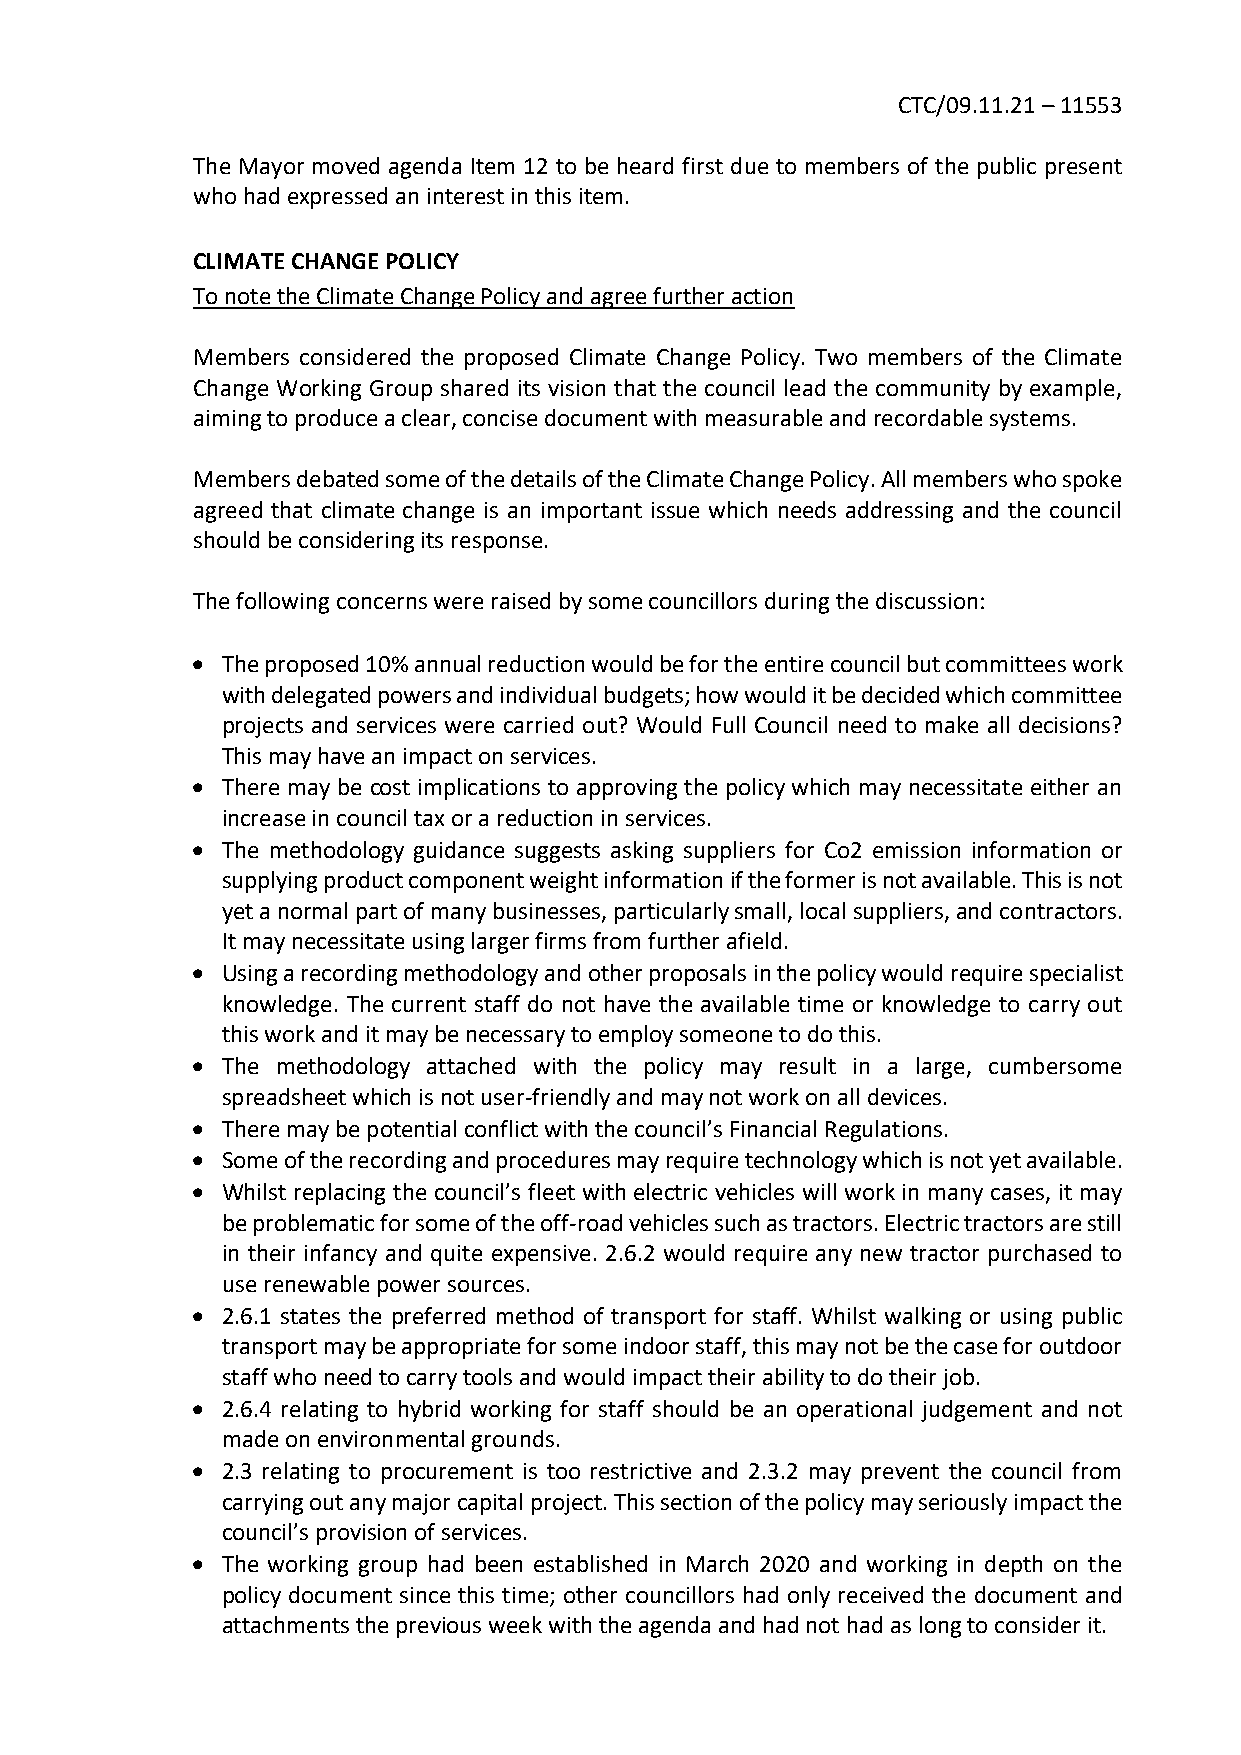
CTC/09.11.21 – 11553
 The Mayor moved agenda Item 12 to be heard first due to members of the public present
 who had expressed an interest in this item.
 CLIMATE CHANGE POLICY
 To note the Climate Change Policy and agree further action
 Members considered the proposed Climate Change Policy. Two members of the Climate
 Change Working Group shared its vision that the council lead the community by example,
 aiming to produce a clear, concise document with measurable and recordable systems.
 Members debated some of the details of the Climate Change Policy. All members who spoke
 agreed that climate change is an important issue which needs addressing and the council
 should be considering its response.
 The following concerns were raised by some councillors during the discussion:
 • The proposed 10% annual reduction would be for the entire council but committees work
 with delegated powers and individual budgets; how would it be decided which committee
 projects and services were carried out? Would Full Council need to make all decisions?
 This may have an impact on services.
 • There may be cost implications to approving the policy which may necessitate either an
 increase in council tax or a reduction in services.
 • The methodology guidance suggests asking suppliers for Co2 emission information or
 supplying product component weight information if the former is not available. This is not
 yet a normal part of many businesses, particularly small, local suppliers, and contractors.
 It may necessitate using larger firms from further afield.
 • Using a recording methodology and other proposals in the policy would require specialist
 knowledge. The current staff do not have the available time or knowledge to carry out
 this work and it may be necessary to employ someone to do this.
 • The methodology attached with the policy may result in a large, cumbersome
 spreadsheet which is not user-friendly and may not work on all devices.
 • There may be potential conflict with the council’s Financial Regulations.
 • Some of the recording and procedures may require technology which is not yet available.
 • Whilst replacing the council’s fleet with electric vehicles will work in many cases, it may
 be problematic for some of the off-road vehicles such as tractors. Electric tractors are still
 in their infancy and quite expensive. 2.6.2 would require any new tractor purchased to
 use renewable power sources.
 • 2.6.1 states the preferred method of transport for staff. Whilst walking or using public
 transport may be appropriate for some indoor staff, this may not be the case for outdoor
 staff who need to carry tools and would impact their ability to do their job.
 • 2.6.4 relating to hybrid working for staff should be an operational judgement and not
 made on environmental grounds.
 • 2.3 relating to procurement is too restrictive and 2.3.2 may prevent the council from
 carrying out any major capital project. This section of the policy may seriously impact the
 council’s provision of services.
 • The working group had been established in March 2020 and working in depth on the
 policy document since this time; other councillors had only received the document and
 attachments the previous week with the agenda and had not had as long to consider it.